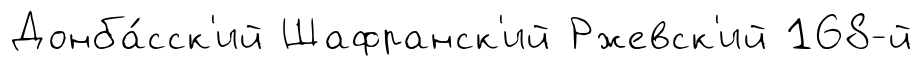
Донба́сск'ий Шафранск'ий Ржевск'ий 168-й